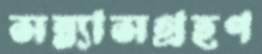
সন্ন্যাসগ্রহণ